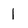
Character: 1